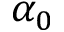
\alpha _ { 0 }